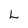
Character: L